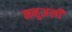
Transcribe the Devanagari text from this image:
मनुअली